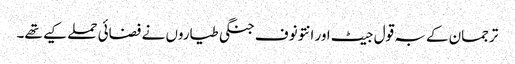
ترجمان کے بہ قول جیٹ اور انتونوف جنگی طیاروں نے فضائی حملے کیے تھے۔